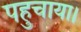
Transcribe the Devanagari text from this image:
पहुचाया।